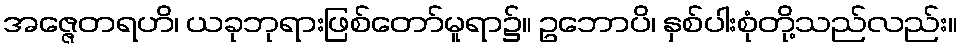
အဇ္ဇေတရဟိ၊ ယခုဘုရားဖြစ်တော်မူရာ၌။ ဥဘောပိ၊ နှစ်ပါးစုံတို့သည်လည်း။